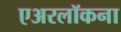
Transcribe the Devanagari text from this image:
एअरलॉकना